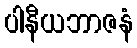
ပါနီယဘာဇနံ